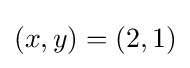
(x,y)=(2,1)